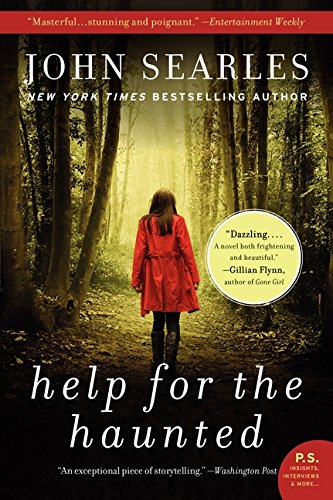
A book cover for Help for the Haunted: A Novel (P.S.); John Searles; Mystery, Thriller & Suspense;